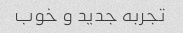
تجربه جدید و خوب